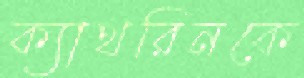
ক্যাথরিনকে